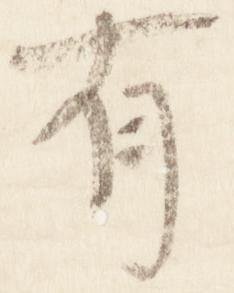
有